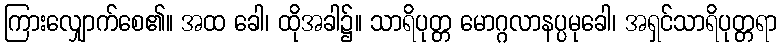
ကြားလျှောက်စေ၏။ အထ ခေါ၊ ထိုအခါ၌။ သာရိပုတ္တ မောဂ္ဂလာနပ္ပမုခေါ၊ အရှင်သာရိပုတ္တရာ